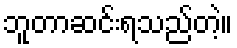
ဘူတာဆင်းရသည်တဲ့။